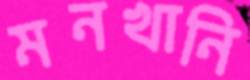
মনখানি